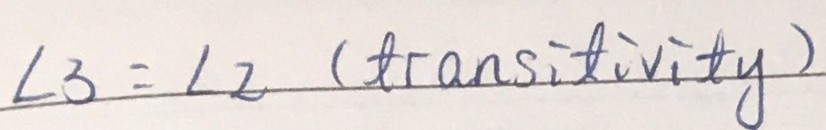
\angle 3 = \angle 2 ( t r a n s i t i v i t y )